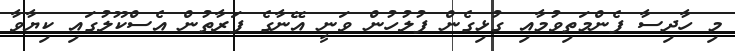
މި ހާދިސާ ފެންމަތިވުމާއި ގުޅިގެން ފުލުހުން ވަނީ އޭނާގެ ފަރާތުން އެސްކޫލުގައި ކިޔާވާ